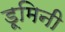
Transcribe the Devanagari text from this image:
डूमिनी